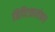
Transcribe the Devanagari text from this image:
त्रिपिटकालंकार